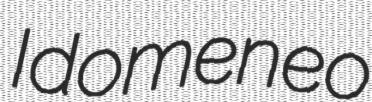
Idomeneo